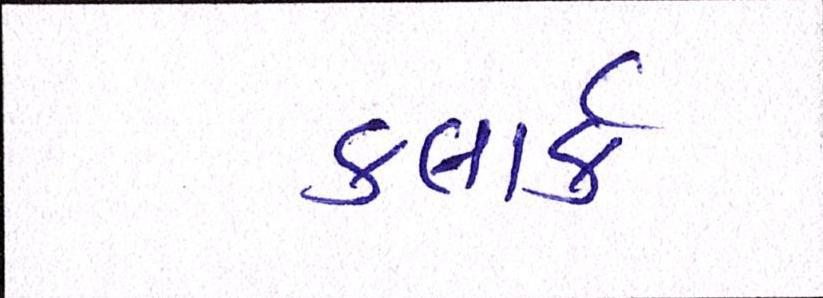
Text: કલાર્ક